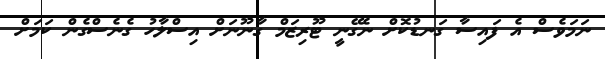
ނަމަވެސް އެ ފައިސާ ގަނޑުކޮށް ނެގޭނީ ޓޫރިޒަމް ގާނޫނަށް އިސްލާހު ގެނެސްގެން ކަމަށް